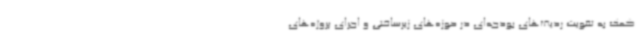
کمک به تقویت ردیف‌های بودجه‌ای در حوزه‌های زیرساختی و اجرای پروژه‌های